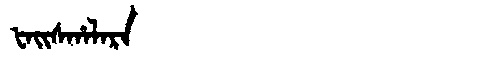
Manchu: ᡶᠠᡳᠰᡥᠠᠯᠠᡵᠠ
Romanization: FAISHALARA